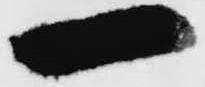
一